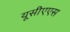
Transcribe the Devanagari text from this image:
यूसीएएस